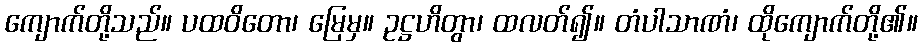
ကျောက်တို့သည်။ ပထဝိတော၊ မြေမှ။ ဥဋ္ဌဟိတွာ၊ ထလတ်၍။ တံပါသာဏံ၊ ထိုကျောက်တို့၏။